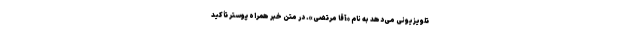
تلویزیونی می‌دهد به نام «آقا مرتضی». در متن خبر همراه پوستر تأکید